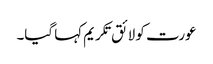
عورت کو لائق تکریم کہا گیا۔